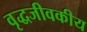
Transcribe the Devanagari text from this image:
वृद्धजीवकीय